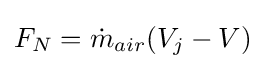
F_{N}={\dot {m}}_{air}(V_{j}-V)